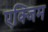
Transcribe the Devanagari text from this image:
एक्जिम